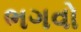
ભગવો